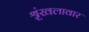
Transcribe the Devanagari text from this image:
श्रृंखलावार